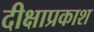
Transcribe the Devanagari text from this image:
दीक्षाप्रकाश